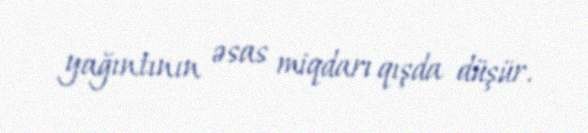
yağıntının əsas miqdarı qışda düşür.